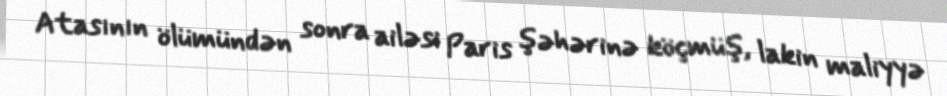
Atasının ölümündən sonra ailəsi Paris şəhərinə köçmüş, lakin maliyyə